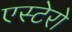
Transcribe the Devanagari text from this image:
एस्टेरो